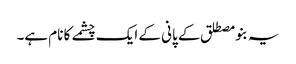
یہ بنو مصطلق کے پانی کے ایک چشمے کا نام ہے۔